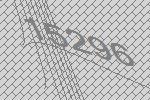
15296